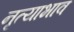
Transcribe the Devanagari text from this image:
नृत्याभाव